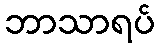
ဘာသာရပ်